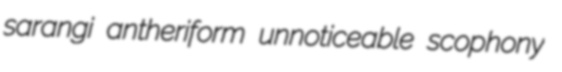
sarangi antheriform unnoticeable scophony